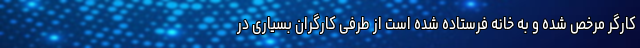
کارگر مرخص شده و به خانه فرستاده شده است از طرفی کارگران بسیاری در